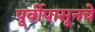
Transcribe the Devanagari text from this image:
पूर्वीपासूनचे